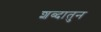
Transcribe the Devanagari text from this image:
शब्दातुन